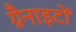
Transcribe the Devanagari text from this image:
ग्रैनाइटों